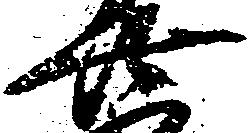
廿